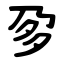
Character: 㚉